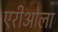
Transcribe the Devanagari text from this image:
एरीओला